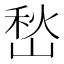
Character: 𭖽